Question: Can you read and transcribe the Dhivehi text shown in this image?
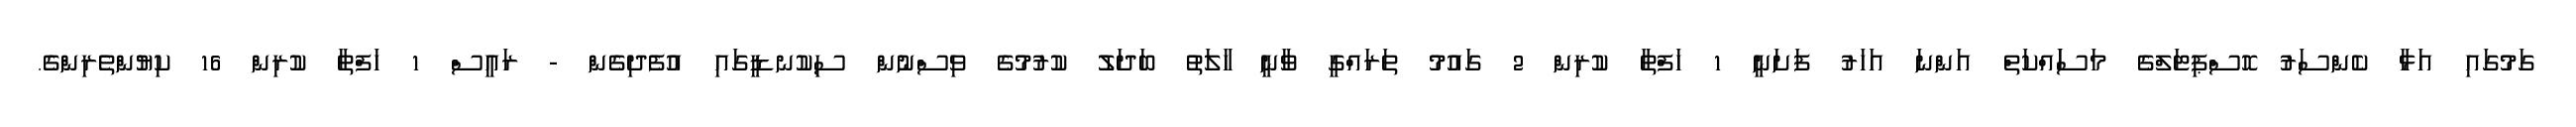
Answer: ގަމުގައި އަޅާ ކެންސަރު ހޮސްޕިޓަލްގެ މަސަައްކަތް އަންނަ އަހަރު ފަށަނީ 1 ހަފްތާ ކުރިން 2 ގައުމު ތަރައްގީ ވާނީ ހާލަތު ބަދަލު ކުރުމުގެ ވިސްނުން ސިކުނޑީގައި އުފެދިގެން - ރައީސް 1 ހަފްތާ ކުރިން 16 ކިޔުންތެރިންގެ.